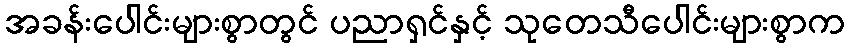
အခန်းပေါင်းများစွာတွင် ပညာရှင်နှင့် သုတေသီပေါင်းများစွာက